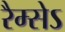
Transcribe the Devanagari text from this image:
रैम्सेऽ